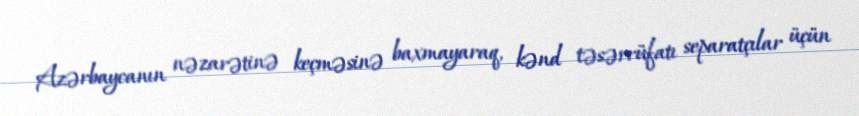
Azərbaycanın nəzarətinə keçməsinə baxmayaraq, kənd təsərrüfatı separatçılar üçün